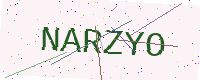
Text: NARZYO